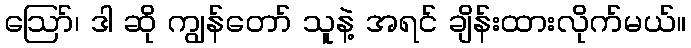
ဪ၊ ဒါ ဆို ကျွန်တော် သူနဲ့ အရင် ချိန်းထားလိုက်မယ်။